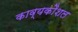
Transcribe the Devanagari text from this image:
काव्यकौशल